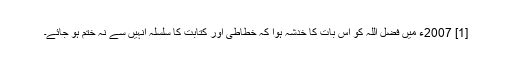
[1] 2007ء میں فضل اللہ کو اس بات کا خدشہ ہوا کہ خطاطی اور کتابت کا سلسلہ انہیں سے نہ ختم ہو جائے۔